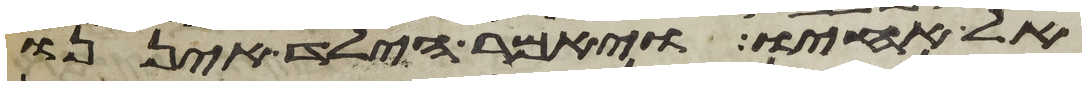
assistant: אל אחיו ויאמר הילד איננו